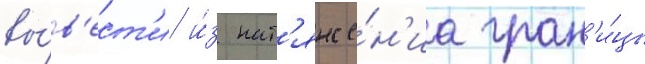
вы́в'ест'и и́з нат'яже́н'иа гран'и́цы